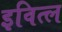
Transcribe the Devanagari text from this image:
इवित्ल